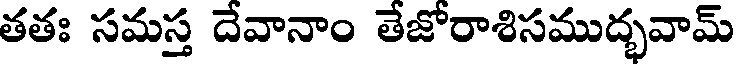
తతః సమస్త దేవానాం తేజోరాశిసముద్భవామ్